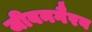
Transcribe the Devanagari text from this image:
जीवनगैरव